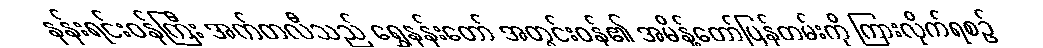
နန်းရင်းဝန်ကြီး အက်တလီသည် ရွှေနန်းတော် အတွင်းဝန်၏ အမိန့်တော်ပြန်တမ်းကို ကြားလိုက်ရစဉ်